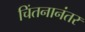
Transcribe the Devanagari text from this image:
चिंतनानंतर